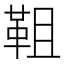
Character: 靻